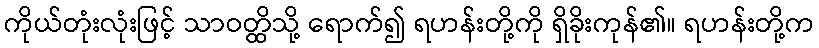
ကိုယ်တုံးလုံးဖြင့် သာဝတ္ထိသို့ ရောက်၍ ရဟန်းတို့ကို ရှိခိုးကုန်၏။ ရဟန်းတို့က